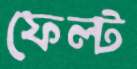
ফেল্ট